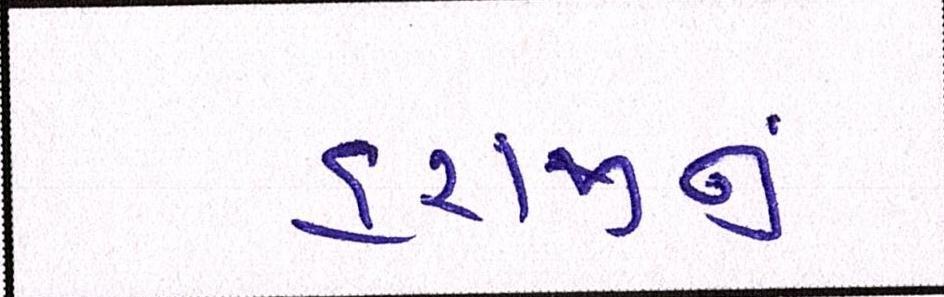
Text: હરાજીનું